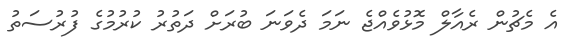
އެ މެޗުން ރެއާލް މޮޅުވެއްޖެ ނަމަ ދެވަަނަ ބުރަށް ދަތުރު ކުރުމުގެ ފުރުސަތު